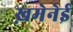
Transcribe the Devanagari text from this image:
ख़मेनेई